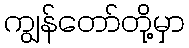
ကျွန်တော်တို့မှာ